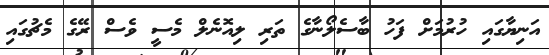
އަނިޔާގައި ހުރުމަށް ފަހު ބާސެލޯނާގެ ތަރި ލިއޮނެލް މެސީ ވެސް ރޭގެ މެޗުގައި